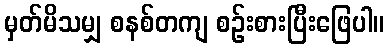
မှတ်မိသမျှ စနစ်တကျ စဉ်းစားပြီးဖြေပါ။